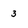
Character: 3